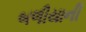
બળીયાની